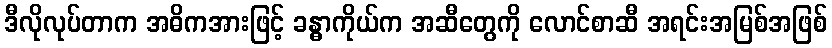
ဒီလိုလုပ်တာက အဓိကအားဖြင့် ခန္ဓာကိုယ်က အဆီတွေကို လောင်စာဆီ အရင်းအမြစ်အဖြစ်